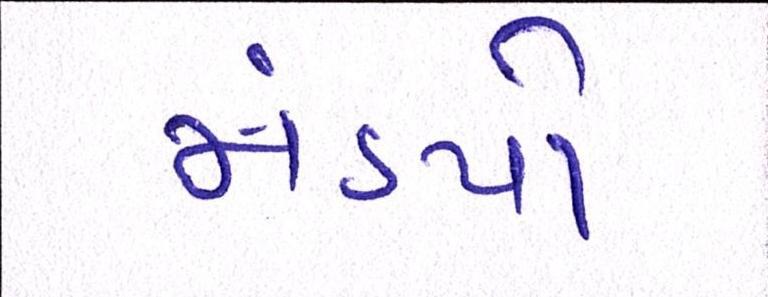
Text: મંડપો